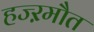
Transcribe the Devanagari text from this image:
हज्ऱमौत